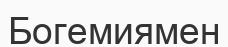
Богемиямен